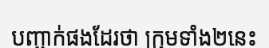
បញ្ជាក់ផងដែរថា ក្រុមទាំង២នេះ